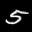
Label: 5